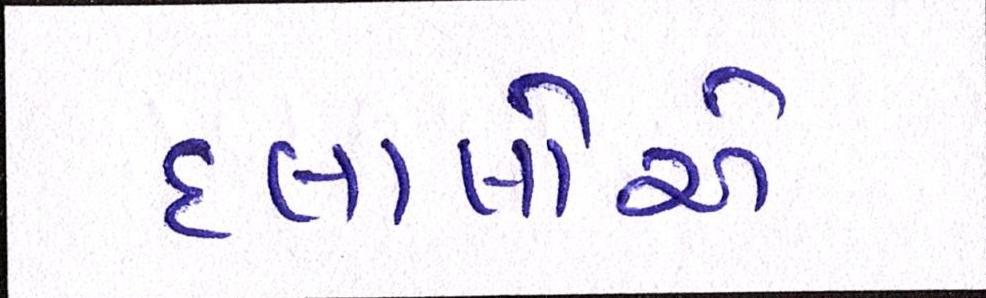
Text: દલાલોએ